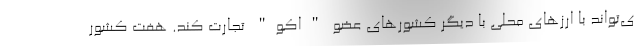
ی‌تواند با ارزهای محلی با دیگر کشورهای عضو "اکو" تجارت کند. هفت کشور